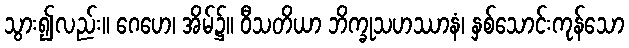
သွား၍လည်း။ ဂေဟေ၊ အိမ်၌။ ဝီသတိယာ ဘိက္ခုသဟဿာနံ၊ နှစ်သောင်းကုန်သော